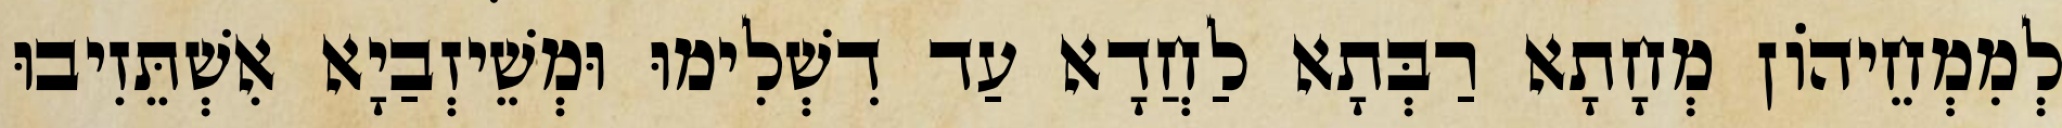
לְמִמְחֵיהוֹן מְחָתָא רַבְּתָא לַחֲדָא עַד דִשְׁלִימוּ וּמְשֵׁיזְבַיָא אִשְׁתֵּזִיבוּ